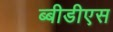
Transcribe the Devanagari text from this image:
ब्बीडीएस